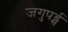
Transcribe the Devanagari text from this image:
जगुपर्ड्स